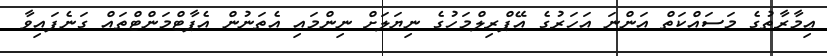
ޢިމާރާތުގެ މަސައްކަތް އަންނަ އަހަރުގެ އޭޕްރިލްމަހުގެ ނިޔަލަށް ނިންމައި އެތަނުން އެޕާޓްމަންޓްތައް ގަނެފައިވާ